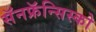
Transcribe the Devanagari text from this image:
सॅनफ्रॅन्सिस्को